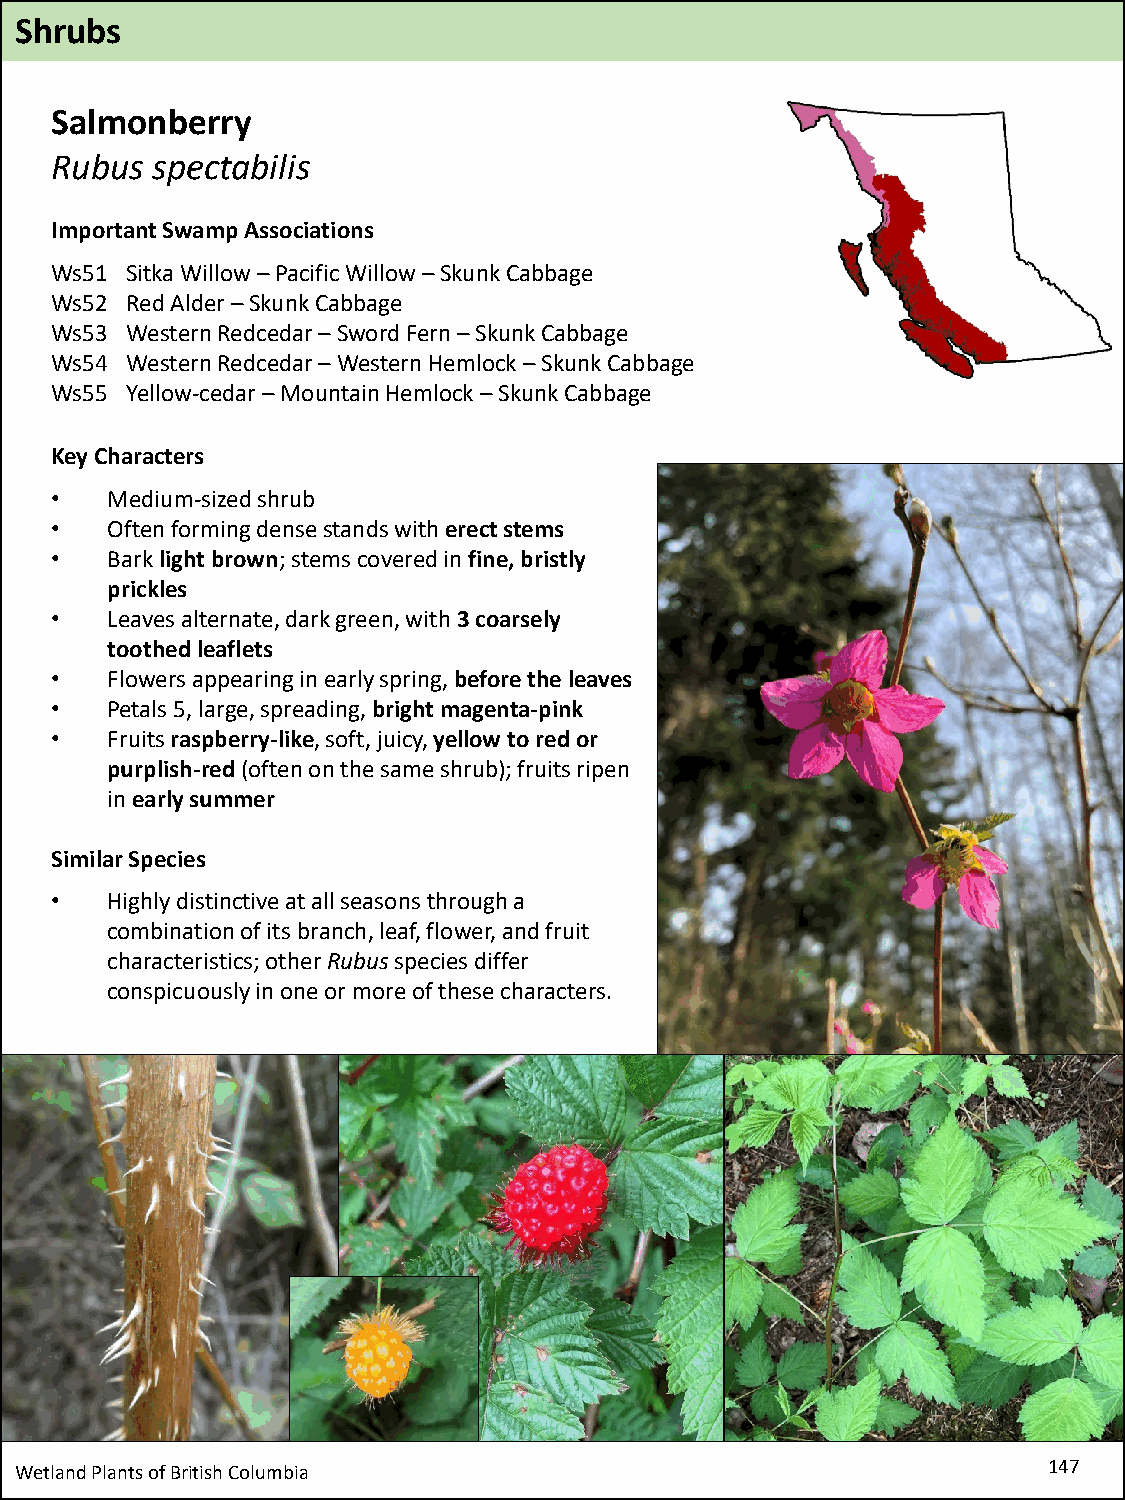
Shrubs
 Salmonberry
 Rubus  spectabilis
 Important Swamp Associations
 Ws51 Sitka Willow –Pacific Willow –Skunk Cabbage
 Ws52 Red Alder –Skunk Cabbage
 Ws53 Western Redcedar–Sword Fern –Skunk Cabbage
 Ws54 Western Redcedar–Western Hemlock –Skunk Cabbage
 Ws55 Yellow-cedar –Mountain Hemlock –Skunk Cabbage
 Key Characters
 •   Medium-sized shrub
 •   Often forming dense stands with erect stems
 •   Bark light brown; stems covered in fine, bristly
 prickles
 •   Leaves alternate, dark green, with 3 coarsely
 toothed leaflets
 •   Flowers appearing in early spring, before the leaves
 •   Petals 5, large, spreading, bright magenta-pink
 •   Fruits raspberry-like, soft, juicy, yellow to red or
 purplish-red(often on the same shrub); fruits ripen
 in early summer
 Similar Species
 •   Highly distinctive at all seasons through a
 combination of its branch, leaf, flower, and fruit
 characteristics; other Rubusspecies differ
 conspicuously in one or more of these characters.
 Wetland Plants of British Columbia                                  147